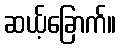
ဆယ့်ခြောက်။